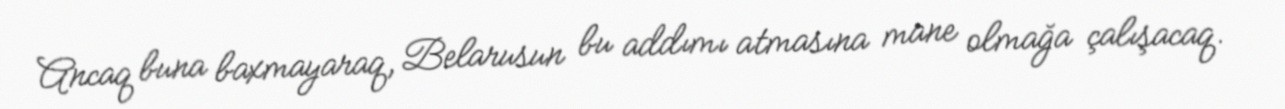
Ancaq buna baxmayaraq, Belarusun bu addımı atmasına mane olmağa çalışacaq.